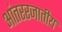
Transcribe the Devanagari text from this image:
आंतररजातीय